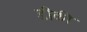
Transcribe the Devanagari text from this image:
डीकी